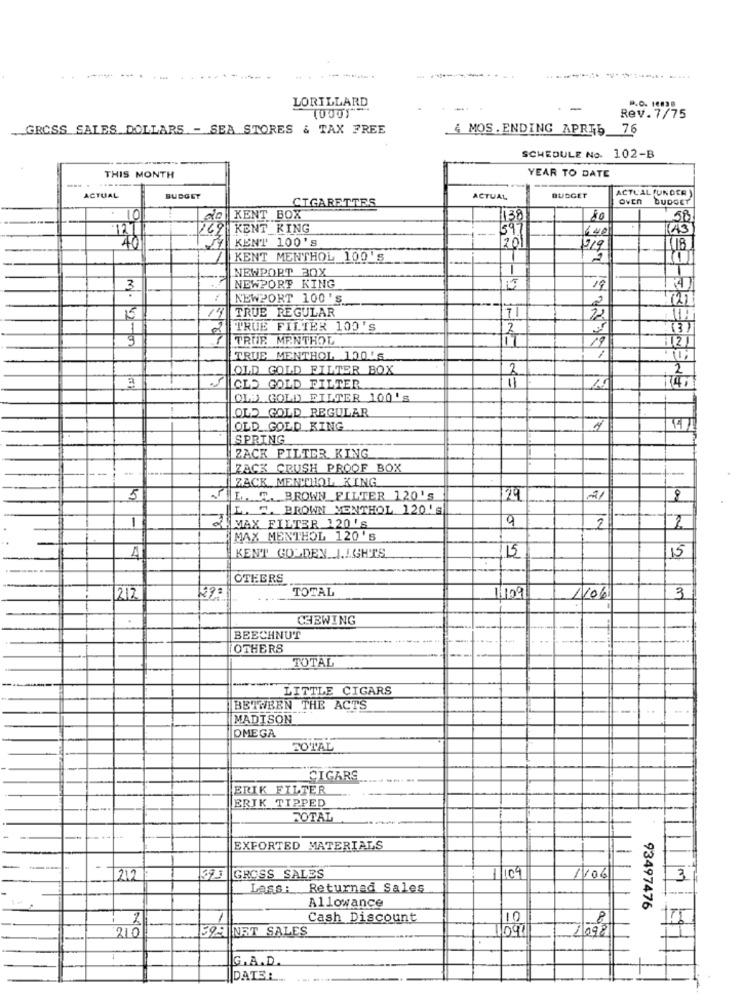
LORILLARD
-
Rev.7/75
GROSS SALES DOLLARS - SEA STORES & TAX FREE
4 MOS . ENDING APRIS 76
SCHEDULE No. 102-B
YEAR TO DATE
THIS MONTH
ACTUAL (UNDER
ACTUAL
BUDGET
CIGARETTES
ACTUAL
BUDGET
avEn BUDGET
10
20 KENT BOX
58
127
262 KENT_KING
1640
40
KENT' 100'S
719
KENT MENTHOL 100'S
(1)
NEWPORT 30X
NEWPORT KING
15
19
NEWPORT 100'S
2
14
TRUE REGULAR
71
22
11:
1
2
TRUE FILTER 100'S
2
(3)
9
TRUE. MENTHOL
121
TRUE MENTHOL 100'S
OLD GOLD FILTER BOX
2
2
T4,
OLD GOLD FILTER
OLSA GOLD FILTER 100's
OLD GOLD REGULAR
OLD GOLD KING
SPRING
ZACK FILTER KING
ZACK CRUSH PROOF BOX
ZACK MENTHOL KING
5
SE. W. BROWN_FILTER 120'S
29
21
8
100
L. S. BROWN VENTHOL 120's
6
MAX FILTER 120'S
2
2
MAX MENTHOL 120's
A
KENT GOLDEN LIGHTS
115
15
OTHERS
29
TOTAL
217
1/109
1106
3
CHEWING
BEECHNUT
OTHERS
TOTAL
LITTLE CIGARS
BETWEEN THE ACTS
MADISON
OMEGA
TOTAL
CIGARS
ERIK FILTER
ERIK TIPPED
FOTAL
EXFORTED MATERIALS
212
GROSS SALES
11109
1106
3
Lass: Returned Sales
Allowance
93497476
Cash Discount
10
8
159 NET SALES
1/09
210
2098
G.A.D.
DATE :...